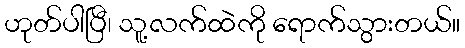
ဟုတ်ပါပြီ၊ သူ့လက်ထဲကို ရောက်သွားတယ်။